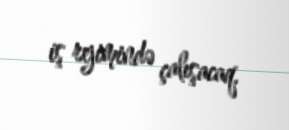
iş rejimində çalışacaq.